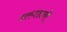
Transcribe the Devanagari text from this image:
हतगडाची